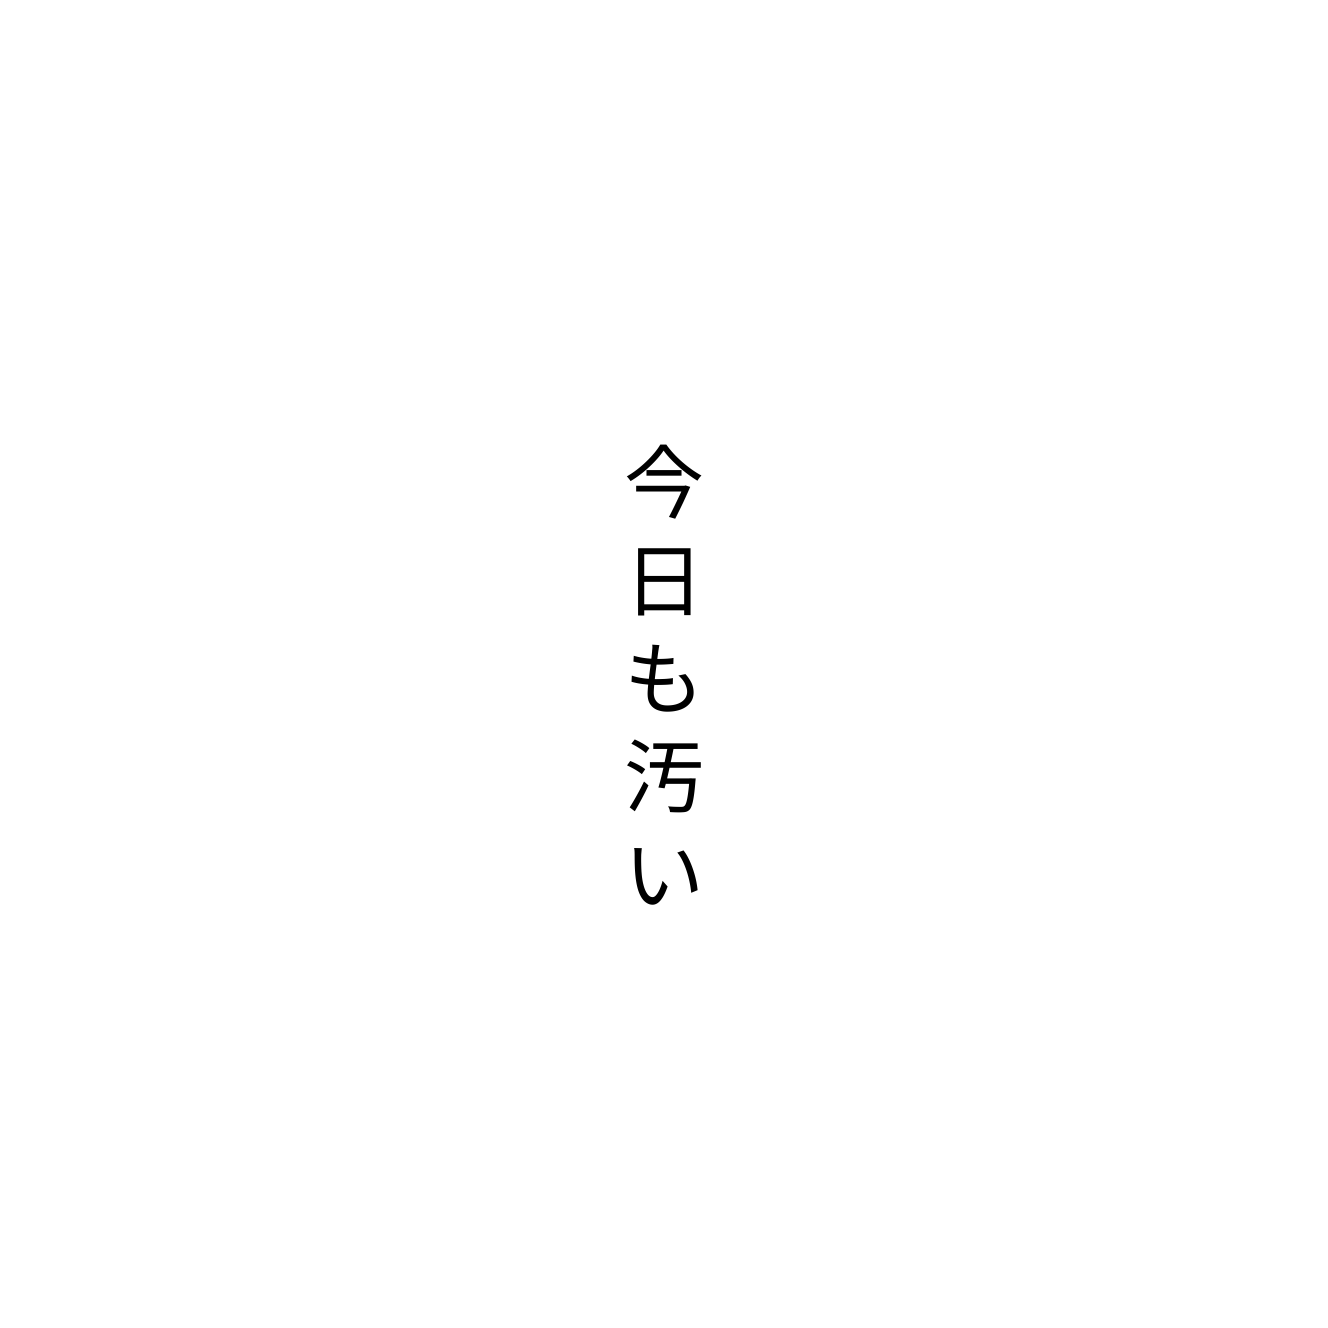
今日も汚い